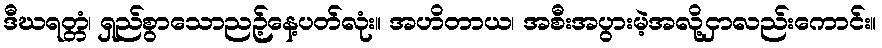
ဒီဃရတ္တံ၊ ရှည်စွာသောညဉ့်နေ့ပတ်လုံး။ အဟိတာယ၊ အစီးအပွားမဲ့အလို့ငှာလည်းကောင်း။